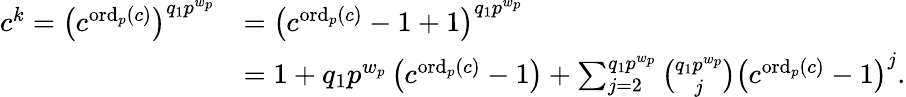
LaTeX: \begin{array}{rl}{c^{k}=\left(c^{\operatorname*{ord}_{p}(c)}\right)^{q_{1}p^{w_{p}}}}&{=\left(c^{\operatorname*{ord}_{p}(c)}-1+1\right)^{q_{1}p^{w_{p}}}}\\ &{=1+q_{1}p^{w_{p}}\left(c^{\operatorname*{ord}_{p}(c)}-1\right)+\sum_{j=2}^{q_{1}p^{w_{p}}}\binom{q_{1}p^{w_{p}}}{j}\left(c^{\operatorname*{ord}_{p}(c)}-1\right)^{j}.}\end{array}